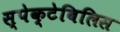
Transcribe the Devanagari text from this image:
स्पेक्टेबिलिस